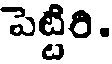
పెట్టిరి.